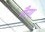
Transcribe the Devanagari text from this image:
गैगा